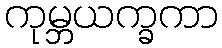
ကုမ္ဘယက္ခကာ